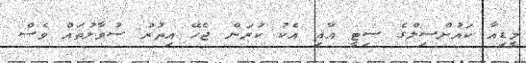
މީޑިއާ ކައުންސިލްގެ ސިޓީ އާއި އެކު ކުރަން ޖެހޭ އިތުރު ސުވާލުތައް ވެސް